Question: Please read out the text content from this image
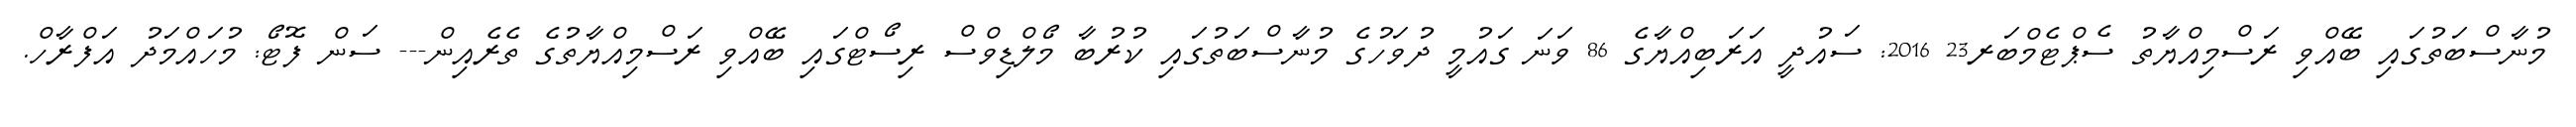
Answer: މުނާސްބަތުގައި ބޭއްވި ރަސްމިއްޔާތު ސެޕްޓެމްބަރ23 2016: ސައުދީ އަރަބިއްޔާގެ 86 ވަނަ ގައުމީ ދުވަހުގެ މުނާސްބަތުގައި ކުރުބާ މޯލްޑިވްސް ރިސޯޓްގައި ބޭއްވި ރަސްމިއްޔާތުގެ ތެރެއިން--- ސަން ފޮޓޯ: މުހައްމަދު އަފްރާހް.